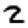
Digit: 2